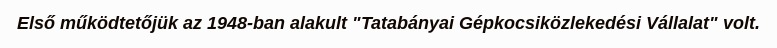
Első működtetőjük az 1948-ban alakult "Tatabányai Gépkocsiközlekedési Vállalat" volt.